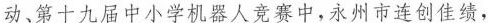
动、第十九届中小学机器人竞赛中，永州市连创佳绩，